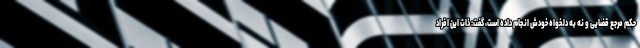
حکم مرجع قضایی و نه به دلخواه خودش انجام داده است، گفت: ذات این افراد